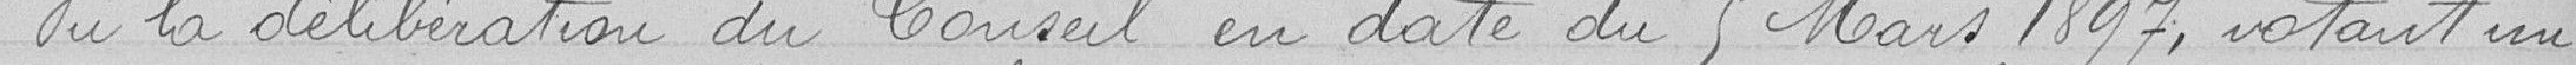
Vu la délibération du Conseil en date du 5 Mars 1897, votant un